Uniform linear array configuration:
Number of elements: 4
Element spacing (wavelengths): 0.25
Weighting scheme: binomial
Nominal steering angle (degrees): -30
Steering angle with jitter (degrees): -29.148
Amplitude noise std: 0.05
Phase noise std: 0.05

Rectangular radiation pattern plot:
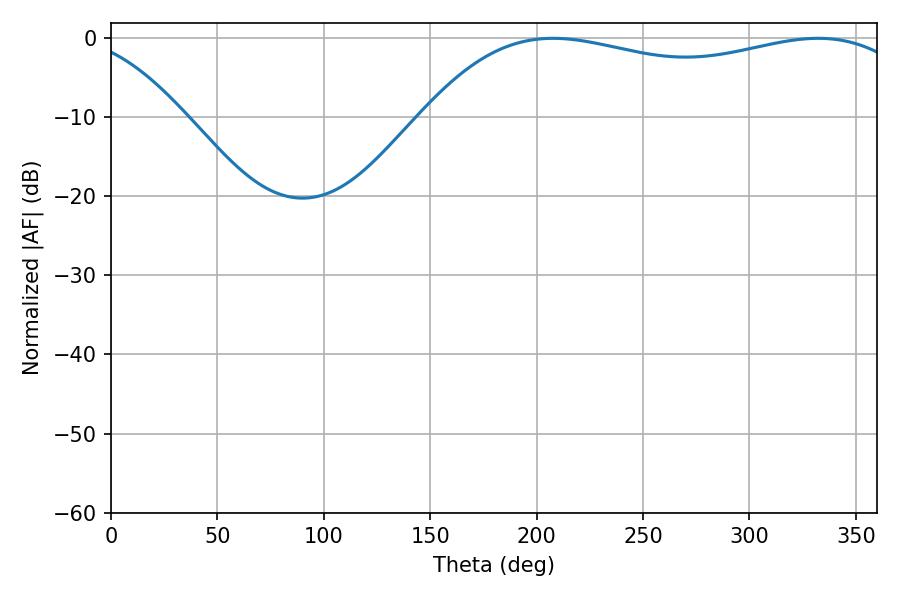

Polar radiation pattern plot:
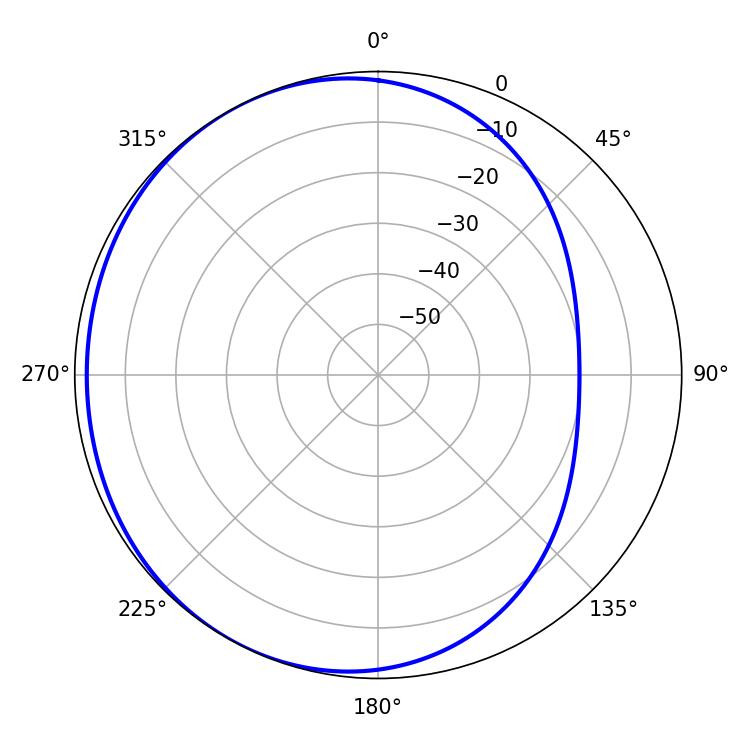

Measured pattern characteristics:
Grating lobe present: FALSE
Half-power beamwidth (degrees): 188.1
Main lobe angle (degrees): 207.72